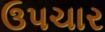
ઉપચાર